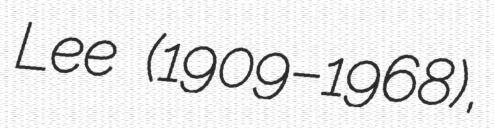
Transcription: Lee (1909–1968),